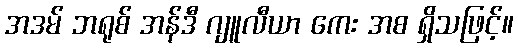
အဒမ် ဘရုစ် အန်ဒီ ဂျူလီယာ ကေး အစ ရှိသဖြင့်။